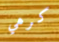
كرهي